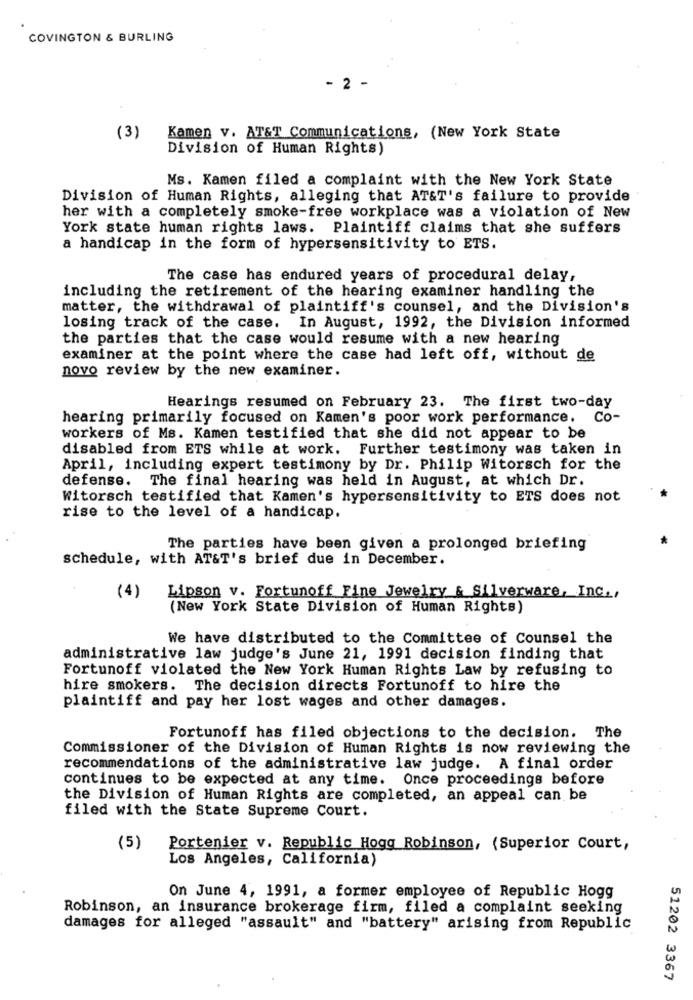
COVINGTON & BURLING
- 2 -
(3)
Kamen v. AT&T Communications, (New York State
Division of Human Rights)
Ms. Kamen filed a complaint with the New York State
Division of Human Rights, alleging that AT&T's failure to provide
her with a completely smoke-free workplace was a violation of New
York state human rights laws. Plaintiff claims that she suffers
a handicap in the form of hypersensitivity to ETS.
The case has endured years of procedural delay,
including the retirement of the hearing examiner handling the
matter, the withdrawal of plaintiff's counsel, and the Division's
losing track of the case. In August, 1992, the Division informed
the parties that the case would resume with a new hearing
examiner at the point where the case had left off, without de
novo review by the new examiner.
Hearings resumed on February 23. The first two-day
hearing primarily focused on Kamen's poor work performance. Co-
workers of Ms. Kamen testified that she did not appear to be
disabled from ETS while at work. Further testimony was taken in
April, including expert testimony by Dr. Philip Witorsch for the
defense. The final hearing was held in August, at which Dr.
Witorsch testified that Kamen's hypersensitivity to ETS does not
rise to the level of a handicap.
The parties have been given a prolonged briefing
schedule, with AT&T's brief due in December.
(4) Lipson v. Fortunoff Fine Jewelry & Silverware, Inc .,
(New York State Division of Human Rights)
We have distributed to the Committee of Counsel the
administrative law judge's June 21, 1991 decision finding that
Fortunoff violated the New York Human Rights Law by refusing to
hire smokers. The decision directs Fortunoff to hire the
plaintiff and pay her lost wages and other damages.
Fortunoff has filed objections to the decision. The
Commissioner of the Division of Human Rights is now reviewing the
recommendations of the administrative law judge. A final order
continues to be expected at any time. Once proceedings before
the Division of Human Rights are completed, an appeal can be
filed with the State Supreme Court.
(5)
Portenier v. Republic Hogg Robinson, (Superior Court,
Los Angeles, California)
On June 4, 1991, a former employee of Republic Hogg
Robinson, an insurance brokerage firm, filed a complaint seeking
damages for alleged "assault" and "battery" arising from Republic
51202 3367